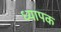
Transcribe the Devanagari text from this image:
ध्यापक